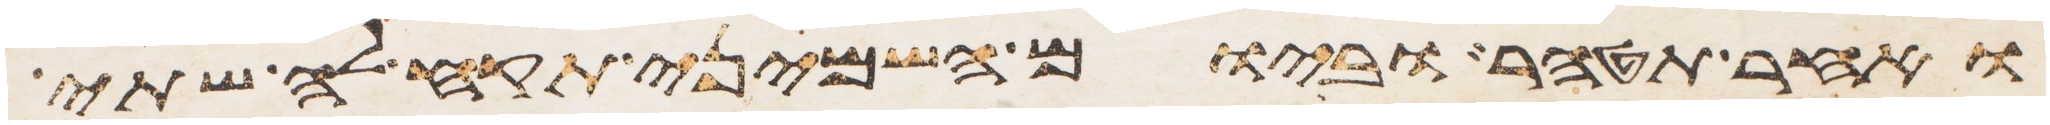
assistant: ואחר תטהר וביום השמיני תקח לה שתי